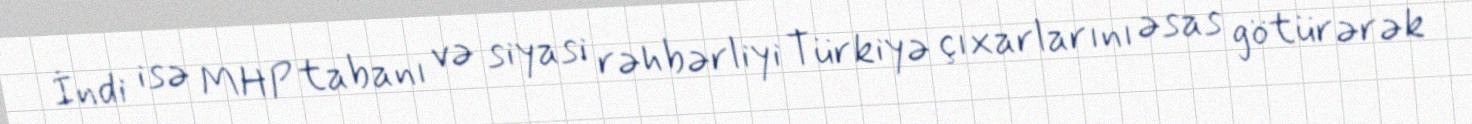
İndi isə MHP tabanı və siyasi rəhbərliyi Türkiyə çıxarlarını əsas götürərək